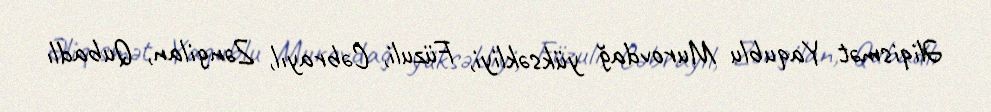
Əliqismət Yaqublu Murovdağ yüksəkliyi, Füzuli, Cəbrayıl, Zəngilan, Qubadlı